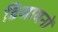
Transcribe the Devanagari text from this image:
डिजायनों